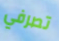
تصرفي